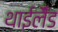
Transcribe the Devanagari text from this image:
थाईलैँड